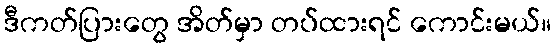
ဒီကတ်ပြားတွေ အိတ်မှာ တပ်ထားရင် ကောင်းမယ်။